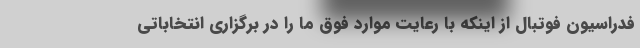
فدراسیون فوتبال از اینکه با رعایت موارد فوق ما را در برگزاری انتخاباتی